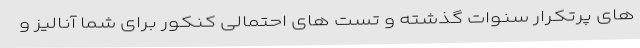
های پرتکرار سنوات گذشته و تست های احتمالی کنکور برای شما آنالیز و